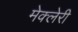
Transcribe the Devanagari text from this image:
मेक्लेरी